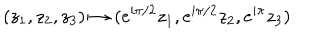
( z _ { 1 } , z _ { 2 } , z _ { 3 } ) \mapsto ( e ^ { i \pi / 2 } z _ { 1 } , e ^ { i \pi / 2 } z _ { 2 } , e ^ { i \pi } z _ { 3 } )